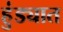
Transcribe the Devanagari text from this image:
हुंड्यात